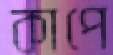
কাপে